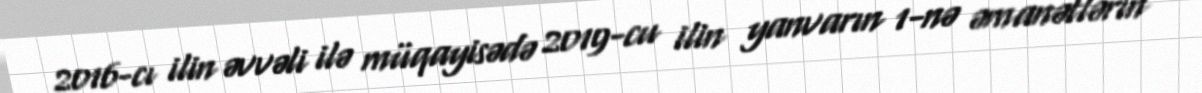
2016-cı ilin əvvəli ilə müqayisədə 2019-cu ilin yanvarın 1-nə əmanətlərin